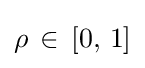
\rho \,\in \,[0,\,1]